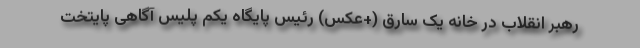
رهبر انقلاب در خانه یک سارق (+عکس) رئیس پایگاه یکم پلیس آگاهی پایتخت